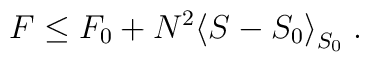
F\le F_0 + N^2\big<S - S_0 \big>_{S_0} \; .